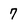
Character: 7